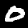
Label: 0